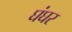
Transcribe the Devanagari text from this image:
घंघर